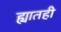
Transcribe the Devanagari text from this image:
ह्यातही